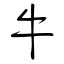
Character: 牛